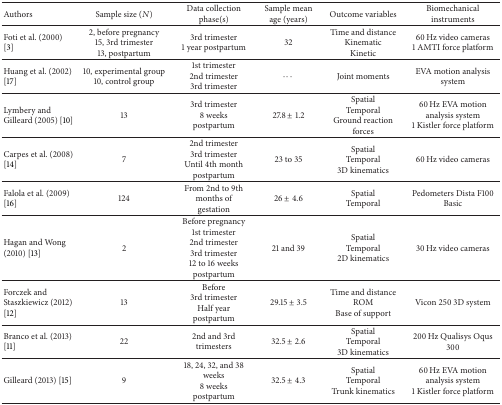
<table><thead><tr><td><b>Authors</b></td><td><b>Sample size (<i>N</i>)</b></td><td><b>Data collection phase(s)</b></td><td><b>Sample mean age (years)</b></td><td><b>Outcome variables</b></td><td><b>Biomechanical instruments</b></td></tr></thead><tbody><tr><td>Foti et al. (2000) [3]</td><td>2, before pregnancy 15, 3rd trimester 13, postpartum</td><td>3rd trimester 1 year postpartum</td><td>32</td><td>Time and distance Kinematic Kinetic</td><td>60 Hz video cameras 1 AMTI force platform</td></tr><tr><td>Huang et al. (2002) [17]</td><td>10, experimental group 10, control group</td><td>1st trimester 2nd trimester 3rd trimester</td><td>⋯</td><td>Joint moments</td><td>EVA motion analysis system</td></tr><tr><td>Lymbery and Gilleard (2005) [10]</td><td>13</td><td>3rd trimester 8 weeks postpartum</td><td>27.8 ± 1.2</td><td>Spatial Temporal Ground reaction forces</td><td>60 Hz EVA motion analysis system 1 Kistler force platform</td></tr><tr><td>Carpes et al. (2008) [14]</td><td>7</td><td>2nd trimester 3rd trimester Until 4th month postpartum</td><td>23 to 35</td><td>Spatial Temporal 3D kinematics</td><td>60 Hz video cameras</td></tr><tr><td>Falola et al. (2009) [16]</td><td>124</td><td>From 2nd to 9th months of gestation</td><td>26 ± 4.6</td><td>Spatial Temporal</td><td>Pedometers Dista F100 Basic</td></tr><tr><td>Hagan and Wong (2010) [13]</td><td>2</td><td>Before pregnancy 1st trimester 2nd trimester 3rd trimester 12 to 16 weeks postpartum</td><td>21 and 39</td><td>Spatial Temporal 2D kinematics</td><td>30 Hz video cameras</td></tr><tr><td>Forczek and Staszkiewicz (2012) [12]</td><td>13</td><td>Before 3rd trimester Half year postpartum</td><td>29.15 ± 3.5</td><td>Time and distance ROM Base of support</td><td>Vicon 250 3D system </td></tr><tr><td>Branco et al. (2013) [11]</td><td>22</td><td>2nd and 3rd trimesters</td><td>32.5 ± 2.6</td><td>Spatial Temporal 3D kinematics</td><td>200 Hz Qualisys Oqus 300</td></tr><tr><td>Gilleard (2013) [15]</td><td>9</td><td>18, 24, 32, and 38 weeks 8 weeks postpartum</td><td>32.5 ± 4.3</td><td>Spatial Temporal Trunk kinematics</td><td>60 Hz EVA motion analysis system 1 Kistler force platform</td></tr></tbody></table>